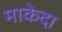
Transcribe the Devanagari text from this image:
माकेदा